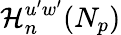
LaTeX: \mathcal{H}_{n}^{u^{\prime}w^{\prime}}(N_{p})